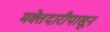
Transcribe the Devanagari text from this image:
मक्तेदारीपासून